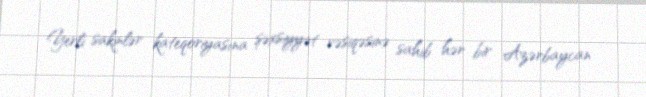
Yerli sakinlər kateqoriyasına şəxsiyyət vəsiqəsinə sahib hər bir Azərbaycan